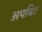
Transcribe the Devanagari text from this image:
अपबिट